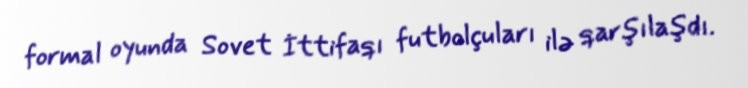
formal oyunda Sovet İttifaqı futbolçuları ilə qarşılaşdı.